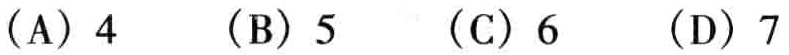
（A）4  （B）5  （C）6  （D）7